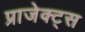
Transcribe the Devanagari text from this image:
प्राजेक्ट्स